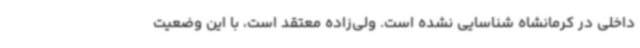
داخلی در کرمانشاه شناسایی نشده است. ولی‌زاده معتقد است، با این وضعیت